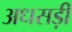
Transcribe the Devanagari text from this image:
अधसड़ी